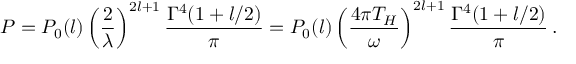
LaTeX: P = P _ { 0 } ( l ) \left( \frac { 2 } { \lambda } \right) ^ { 2 l + 1 } \frac { \Gamma ^ { 4 } ( 1 + l / 2 ) } { \pi } = P _ { 0 } ( l ) \left( \frac { 4 \pi T _ { H } } { \omega } \right) ^ { 2 l + 1 } \frac { \Gamma ^ { 4 } ( 1 + l / 2 ) } { \pi } \, .